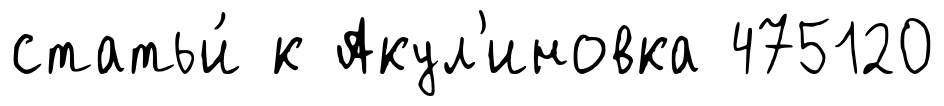
статьи́ к Акул'иновка 475120